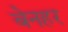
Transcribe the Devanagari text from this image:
बेनहर